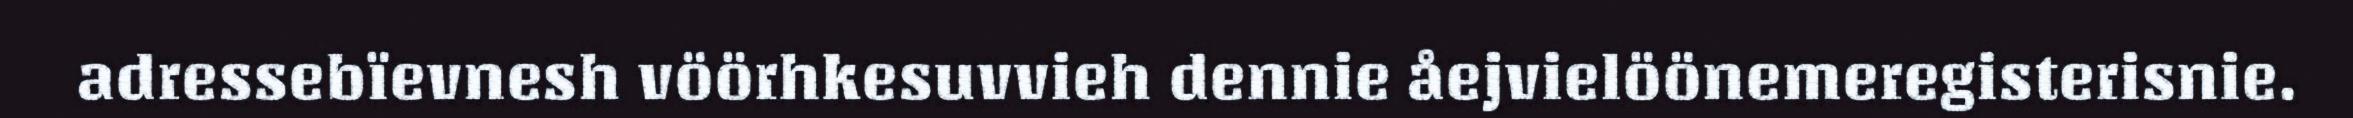
adressebïevnesh vöörhkesuvvieh dennie åejvielöönemeregisterisnie.